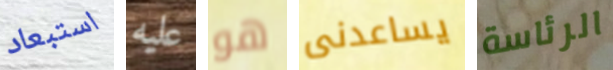
استبعاد عليه هو يساعدنى الرئاسة